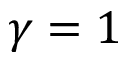
\gamma = 1